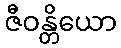
ဇီဝန္တိယော